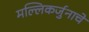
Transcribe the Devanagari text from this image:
मल्लिकर्जुनाचे